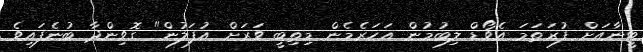
ޓީނާއަށް ފުރަތަމަ އެވޯޑް ލިބުމުން އަހަރެމެން މިތިބީ ވަރަށް އުފަލުން" ގޮވިންދާ ބުނެފައިވެ